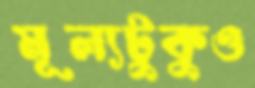
মূল্যটুকুও